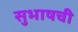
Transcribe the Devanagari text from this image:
सुभाषची